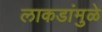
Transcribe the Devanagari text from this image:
लाकडांमुळे